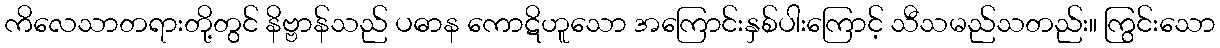
ကိလေသာတရားတို့တွင် နိဗ္ဗာန်သည် ပဓာန ကောဋိဟူသော အကြောင်းနှစ်ပါးကြောင့် သီသမည်သတည်း။ ကြွင်းသော